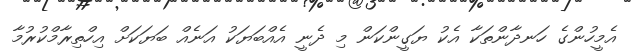
އެމީހުންގެ ހަނދާންތަކާ އެކު ޔަގީންކަން މި ދެނީ އެއްބަޔަކު އަނެއް ބަޔަކަށް އިހްތިރާމްކުރުމާ